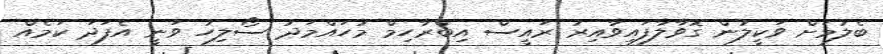
ބެލުމަށް ވަކީލުން ގޮވާލާފައިވާއިރު ރައީސް އިބްރާހިމް މުހައްމަދު ސޯލިހު ވަނީ އެފަދަ ކަމެއް